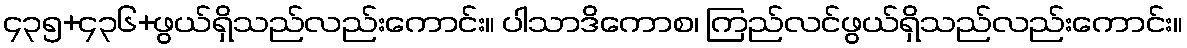
၄၃၅+၄၃၆+ဖွယ်ရှိသည်လည်းကောင်း။ ပါသာဒိကောစ၊ ကြည်လင်ဖွယ်ရှိသည်လည်းကောင်း။